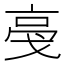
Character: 𬽎